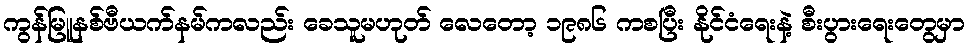
ကွန်မြူနစ်ဗီယက်နမ်ကလည်း ခေသူမဟုတ် လေတော့ ၁၉၈၆ ကစပြီး နိုင်ငံရေးနဲ့ စီးပွားရေးတွေမှာ